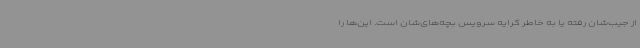
از جیب‌شان رفته یا به خاطر کرایه سرویس بچه‌های‌شان است. این‌ها را